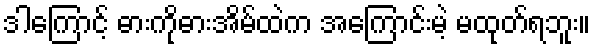
ဒါကြောင့် ဓားကိုဓားအိမ်ထဲက အကြောင်းမဲ့ မထုတ်ရဘူး။